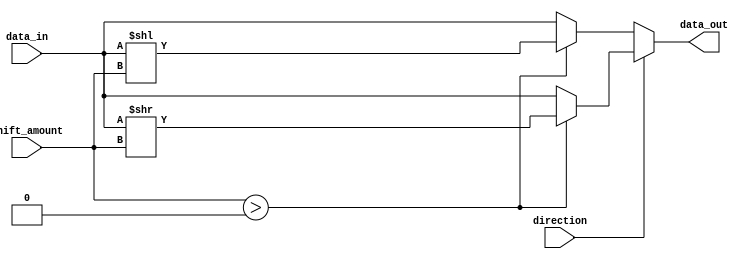
module Barrel_Shifter(input [31:0] data_in,
                        input [4:0] shift_amount,
                        input direction,
                        output reg [31:0] data_out);

    reg [31:0] shifted_data;
    
    always @(data_in, shift_amount, direction)
    begin
        if(direction) // Right shift
            shifted_data = (shift_amount > 0) ? (data_in >> shift_amount) : data_in;
        else // Left shift
            shifted_data = (shift_amount > 0) ? (data_in << shift_amount) : data_in;
        
        data_out <= shifted_data;
    end
endmodule